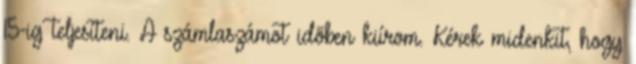
15-ig teljesíteni. A számlaszámot idõben kiírom. Kérek midenkit, hogy